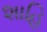
શાહિ